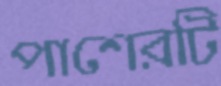
পাশেরটি